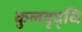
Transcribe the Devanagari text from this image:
कुलवृद्धि